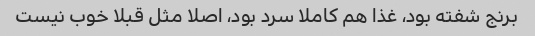
برنج شفته بود، غذا هم کاملا سرد بود، اصلا مثل قبلا خوب نیست